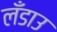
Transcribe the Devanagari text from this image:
लँडाउ